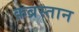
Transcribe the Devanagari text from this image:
क़ब्रस्तान